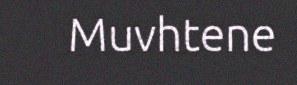
Muvhtene